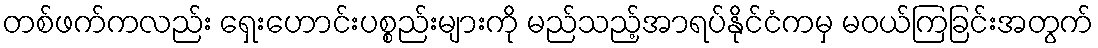
တစ်ဖက်ကလည်း ရှေးဟောင်းပစ္စည်းများကို မည်သည့်အာရပ်နိုင်ငံကမှ မဝယ်ကြခြင်းအတွက်